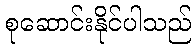
စုဆောင်းနိုင်ပါသည်